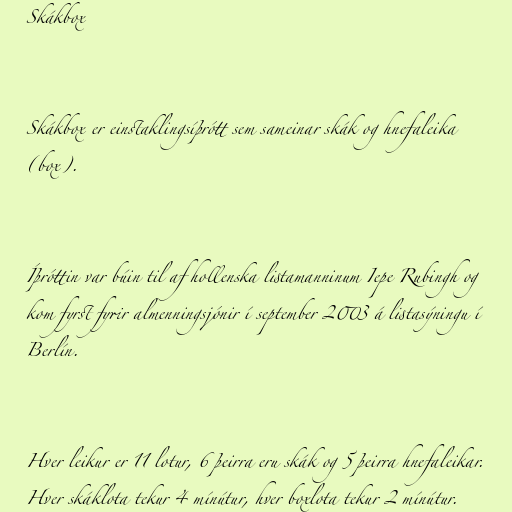
Skákbox

Skákbox er einstaklingsíþrótt sem sameinar skák og hnefaleika
(box).

Íþróttin var búin til af hollenska listamanninum Iepe Rubingh og
kom fyrst fyrir almenningsjónir í september 2003 á listasýningu í
Berlín.

Hver leikur er 11 lotur, 6 þeirra eru skák og 5 þeirra hnefaleikar.
Hver skáklota tekur 4 mínútur, hver boxlota tekur 2 mínútur.